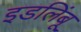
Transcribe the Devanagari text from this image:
इडलिंबू